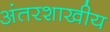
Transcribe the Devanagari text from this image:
अंतरशाखीय